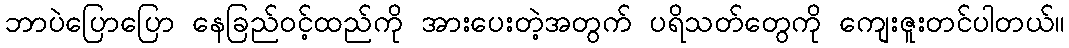
ဘာပဲပြောပြော နေခြည်ဝင့်ထည်ကို အားပေးတဲ့အတွက် ပရိသတ်တွေကို ကျေးဇူးတင်ပါတယ်။